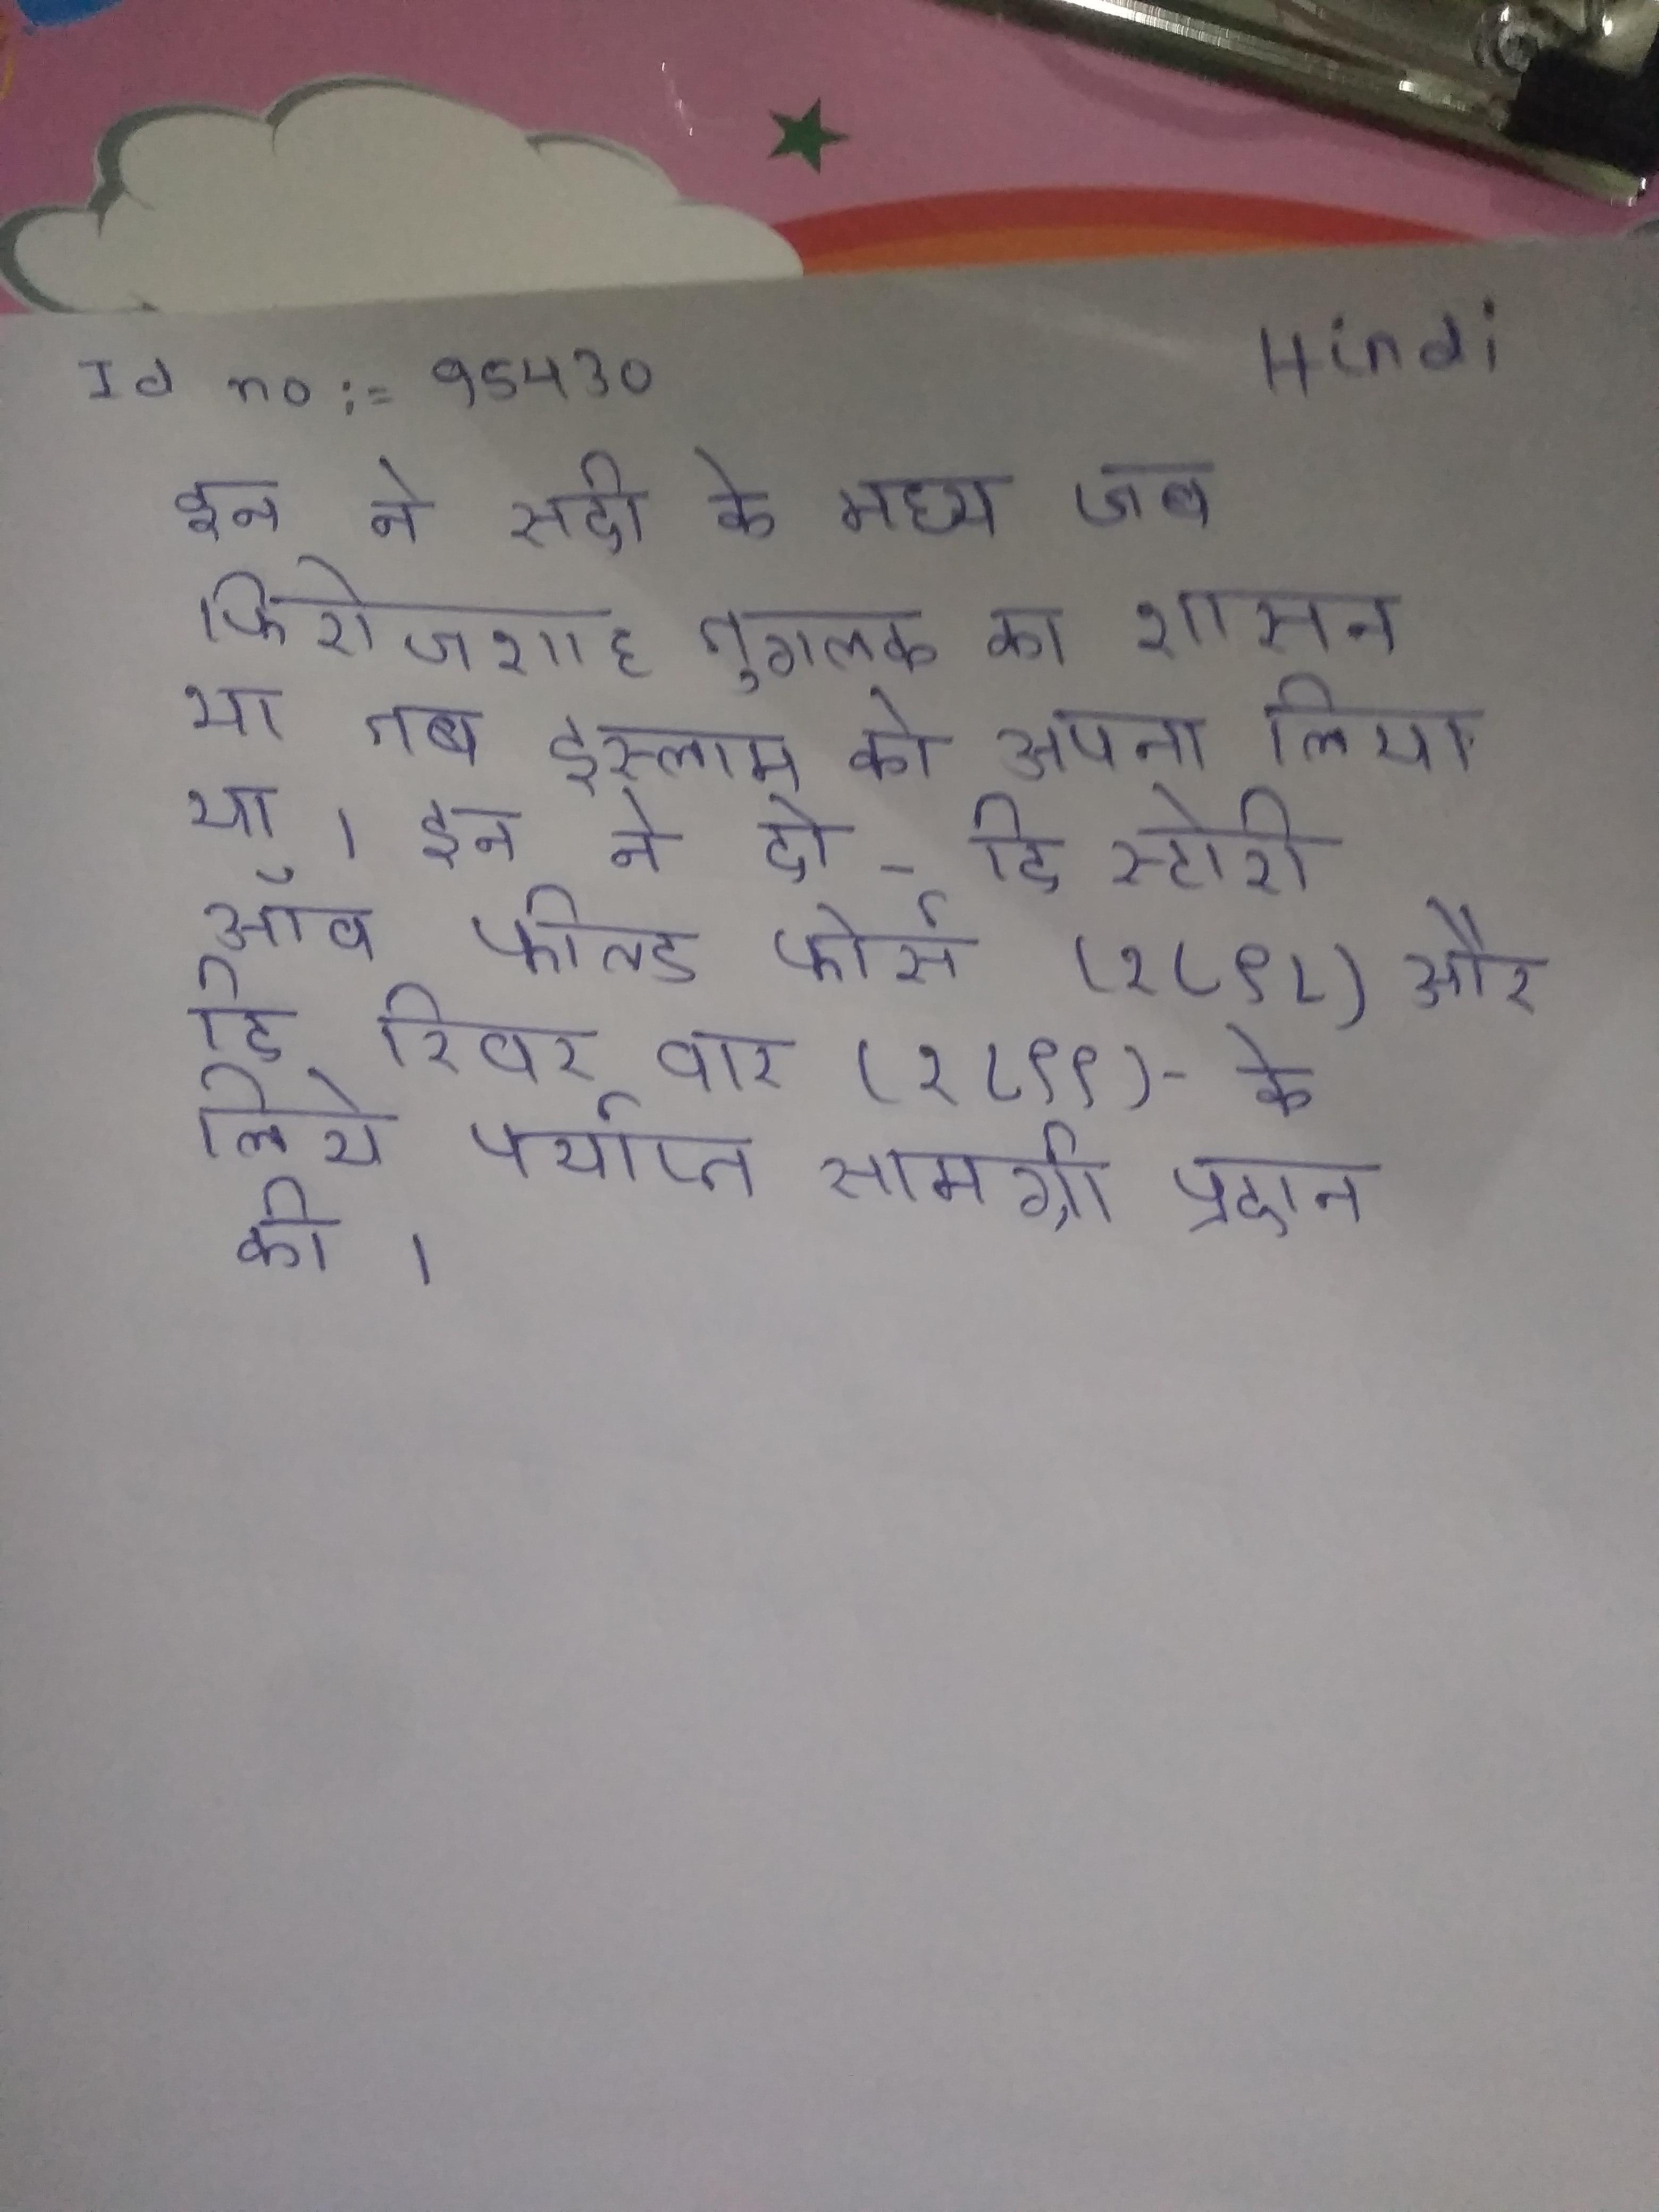
इन ने सदी के मध्य जब फिरोजशाह तुगलक का शासन था तब इस्लाम को अपना लिया था । इन ने दो - दि स्टोरी ऑव फील्ड फोर्स (१८९८) और दि रिवर वार (१८९९) - के लिये पर्याप्त सामग्री प्रदान की ।